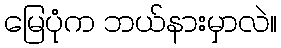
မြေပုံက ဘယ်နားမှာလဲ။